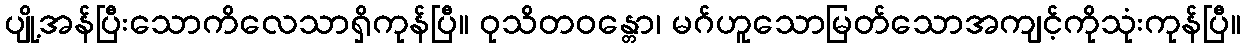
ပျို့အန်ပြီးသောကိလေသာရှိကုန်ပြီ။ ဝုသိတဝန္တော၊ မဂ်ဟူသောမြတ်သောအကျင့်ကိုသုံးကုန်ပြီ။